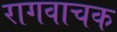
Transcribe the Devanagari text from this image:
रागवाचक